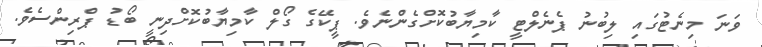
ވަނަ މިނެޓުގައި ލިބުނު ޕެނެލްޓީ ކާމިޔާބުކޮށްގެންނެވެ. ޕީކޭގެ ގޯލް ކާމިޔާބުކޮށްދިނީ ބޯޑު ޕްރިންސެވެ.